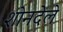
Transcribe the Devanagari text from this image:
शोनदेले